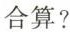
合算?(